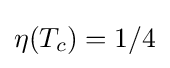
\eta (T_{c})=1/4